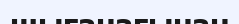
шығанағынан